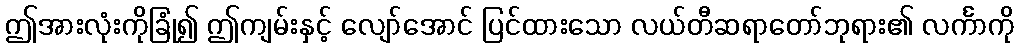
ဤအားလုံးကိုခြုံ၍ ဤကျမ်းနှင့် လျော်အောင် ပြင်ထားသော လယ်တီဆရာတော်ဘုရား၏ လင်္ကာကို